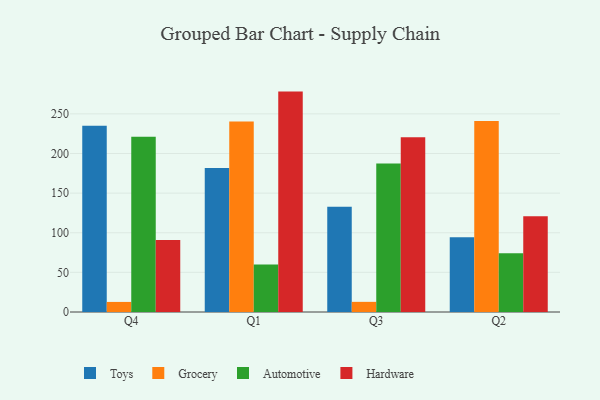
{"axis": {"x": "Quarter", "y": "Active Users"}, "legend": ["Automotive", "Grocery", "Hardware", "Toys"], "data": [{"x": "Q4", "y": 235.1, "type": "Toys"}, {"x": "Q4", "y": 12.7, "type": "Grocery"}, {"x": "Q4", "y": 221.2, "type": "Automotive"}, {"x": "Q4", "y": 90.9, "type": "Hardware"}, {"x": "Q1", "y": 181.7, "type": "Toys"}, {"x": "Q1", "y": 240.4, "type": "Grocery"}, {"x": "Q1", "y": 60.0, "type": "Automotive"}, {"x": "Q1", "y": 278.1, "type": "Hardware"}, {"x": "Q3", "y": 132.8, "type": "Toys"}, {"x": "Q3", "y": 12.8, "type": "Grocery"}, {"x": "Q3", "y": 187.5, "type": "Automotive"}, {"x": "Q3", "y": 220.6, "type": "Hardware"}, {"x": "Q2", "y": 94.2, "type": "Toys"}, {"x": "Q2", "y": 241.1, "type": "Grocery"}, {"x": "Q2", "y": 74.1, "type": "Automotive"}, {"x": "Q2", "y": 120.7, "type": "Hardware"}]}